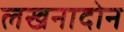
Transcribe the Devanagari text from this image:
लखनादोन